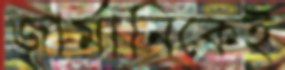
জার্মানিকেই